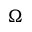
\Omega